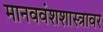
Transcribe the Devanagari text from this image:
मानववंशशास्त्रावर